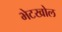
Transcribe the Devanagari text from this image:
भेटखोल